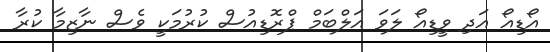
އޯޑިއޯ އަދި ވީޑިއޯ ލަވަ އަލްބަމް ޕްރޮޑިއުސް ކުރުމަކީ ވެސް ނާޒިމާ ކުރާ